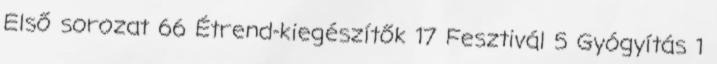
Első sorozat 66 Étrend-kiegészítők 17 Fesztivál 5 Gyógyítás 1